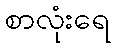
စာလုံးရေ